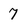
Character: 7